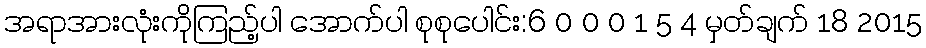
အရာအားလုံးကိုကြည့်ပါ အောက်ပါ စုစုပေါင်း:6 0 0 0 1 5 4 မှတ်ချက် 18 2015